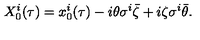
X _ { 0 } ^ { i } ( \tau ) = x _ { 0 } ^ { i } ( \tau ) - i \theta \sigma ^ { i } \bar { \zeta } + i \zeta \sigma ^ { i } \bar { \theta } .